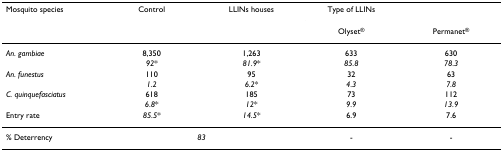
<table><thead><tr><td><b>Mosquito species</b></td><td><b>Control</b></td><td><b>LLINs houses</b></td><td><b>Type of LLINs</b></td><td>[EMPTY_CELL]</td></tr><tr><td>[EMPTY_CELL]</td><td>[EMPTY_CELL]</td><td>[EMPTY_CELL]</td><td><b>Olyset<sup>®</sup></b></td><td><b>Permanet<sup>®</sup></b></td></tr></thead><tbody><tr><td><i>An. gambiae</i></td><td>8,350</td><td>1,263</td><td>633</td><td>630</td></tr><tr><td>[EMPTY_CELL]</td><td><i>92</i>*</td><td><i>81.9</i>*</td><td><i>85.8</i></td><td><i>78.3</i></td></tr><tr><td><i>An. funestus</i></td><td>110</td><td>95</td><td>32</td><td>63</td></tr><tr><td>[EMPTY_CELL]</td><td><i>1.2</i></td><td><i>6.2</i>*</td><td><i>4.3</i></td><td><i>7.8</i></td></tr><tr><td><i>C. quinquefasciatus</i></td><td>618</td><td>185</td><td>73</td><td>112</td></tr><tr><td>[EMPTY_CELL]</td><td><i>6.8</i>*</td><td><i>12</i>*</td><td><i>9.9</i></td><td><i>13.9</i></td></tr><tr><td>Entry rate</td><td><i>85.5</i>*</td><td><i>14.5</i>*</td><td>6.9</td><td>7.6</td></tr><tr><td>% Deterrency</td><td colspan="2"><i>83</i></td><td>-</td><td>-</td></tr></tbody></table>